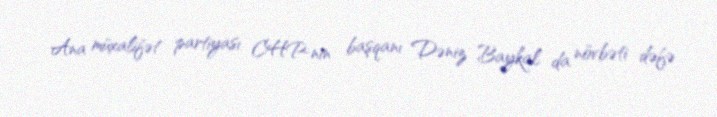
Ana müxalifət partiyası CHP-nin başqanı Dəniz Baykal da növbəti dəfə